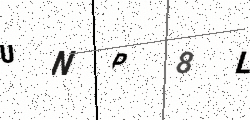
Text: UNP8L